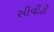
સીવીટી